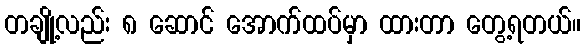
တချို့လည်း ၈ ဆောင် အောက်ထပ်မှာ ထားတာ တွေ့ရတယ်။